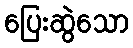
ပြေးဆွဲသော